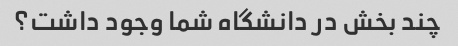
چند بخش در دانشگاه شما وجود داشت؟